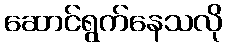
ဆောင်ရွက်နေသလို